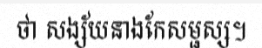
ថា សង្ស័យនាងកែសម្ផស្ស។